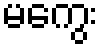
မကွေး